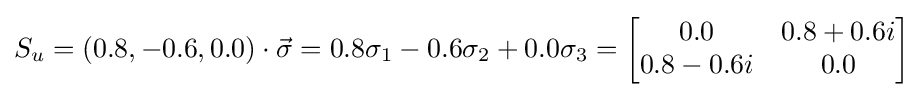
S_{u}=(0.8,-0.6,0.0)\cdot {\vec {\sigma }}=0.8\sigma _{1}-0.6\sigma _{2}+0.0\sigma _{3}={\begin{bmatrix}0.0&0.8+0.6i\\0.8-0.6i&0.0\end{bmatrix}}